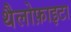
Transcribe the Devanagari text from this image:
थैलोफ़ाइटा